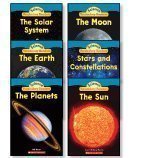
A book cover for Solar System Science Vocabulary Readers 6-Book Set: The Earth, The Moon, The Planets, The Solar Syst; Justin McCory Martin; Science & Math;